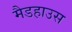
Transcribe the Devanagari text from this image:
मैडहाउस